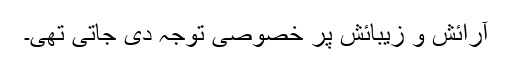
آرائش و زیبائش پر خصوصی توجہ دی جاتی تھی۔